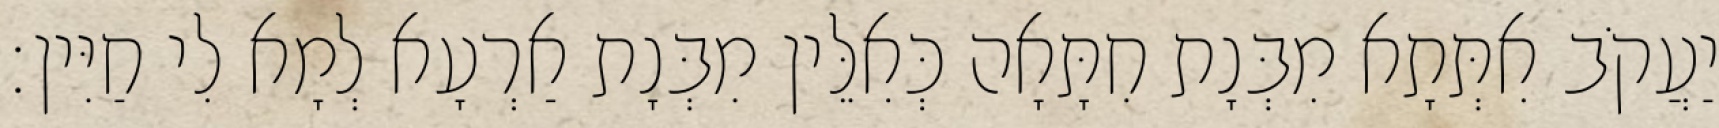
יַעֲקֹב אִתְּתָא מִבְּנָת חִתָּאָה כְּאִלֵּין מִבְּנָת אַרְעָא לְמָא לִי חַיִּין׃